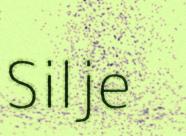
Silje